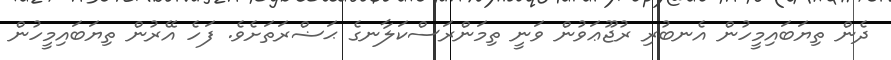
ދެން ތިޔަބައިމީހުން އެނބުރި ރުޖޫޢަވުން ވަނީ ތިމަންރަސްކަލާނގެ ޙަޟްރަތަށެވެ. ފަހެ އޭރުން ތިޔަބައިމީހުން